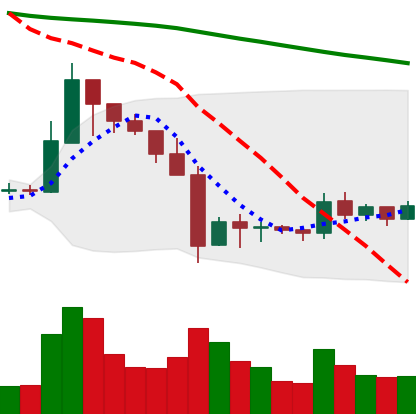
Ticker: XRP-USD
Chart end date: 2019-10-04
Forward return: 10.905%
Label: up_7plus